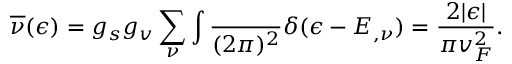
\overline { { \nu } } ( \epsilon ) = g _ { s } g _ { v } \sum _ { \nu } \int \frac { \d \k } { ( 2 \pi ) ^ { 2 } } \delta ( \epsilon - E _ { \k , \nu } ) = \frac { 2 | \epsilon | } { \pi v _ { F } ^ { 2 } } .